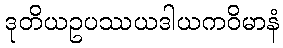
ဒုတိယဥပဿယဒါယကဝိမာနံ